DOW-UAP-D49, Launch Summary, Vandenberg AFB, 2000
Agency: Department of War
Incident date: 2/3/00
Page 5
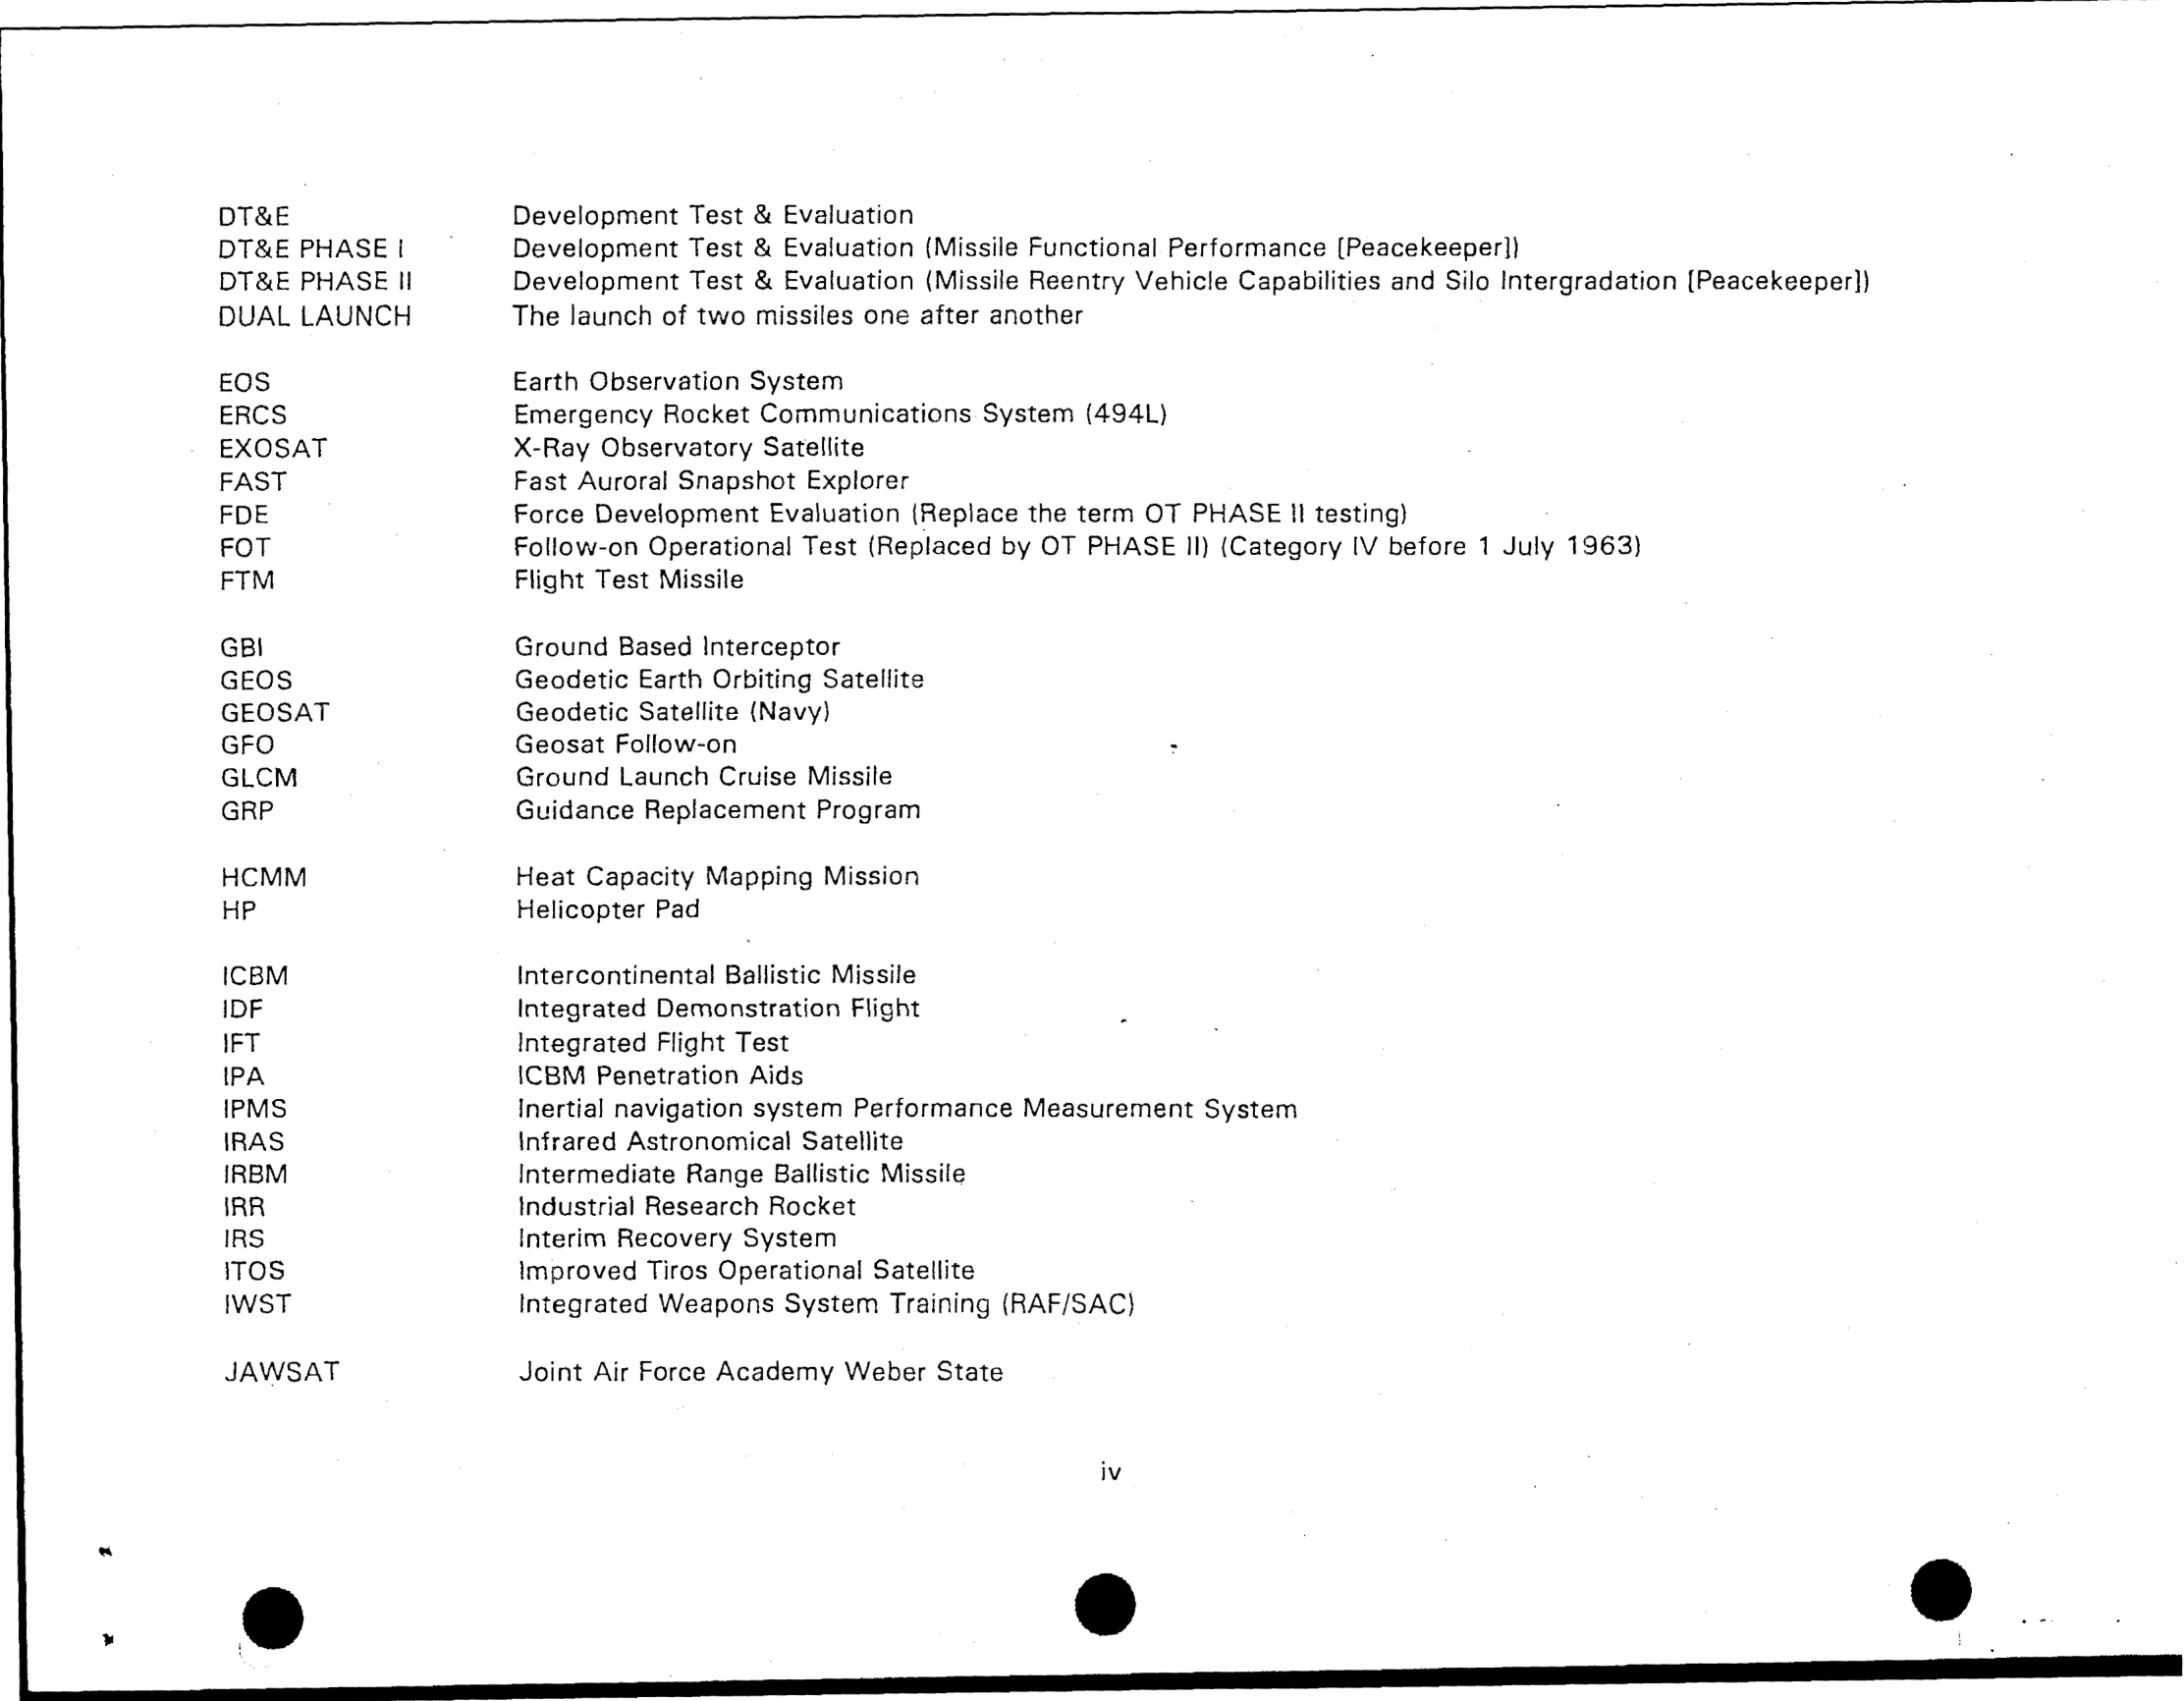